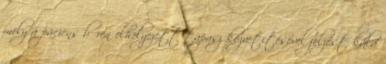
mely a páciens bőrén elhelyezett tapasz közvetítésével jelzést küld